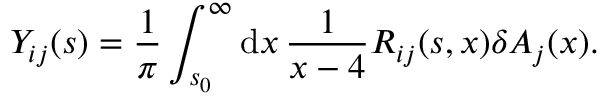
Y _ { i j } ( s ) = { \frac { 1 } { \pi } } \int _ { s _ { 0 } } ^ { \infty } \mathrm { d } x \, { \frac { 1 } { x - 4 } } R _ { i j } ( s , x ) \delta A _ { j } ( x ) .